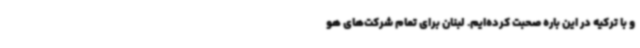
و با ترکیه در این باره صحبت کرده‌ایم. لبنان برای تمام شرکت‌های هو